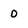
Character: 0